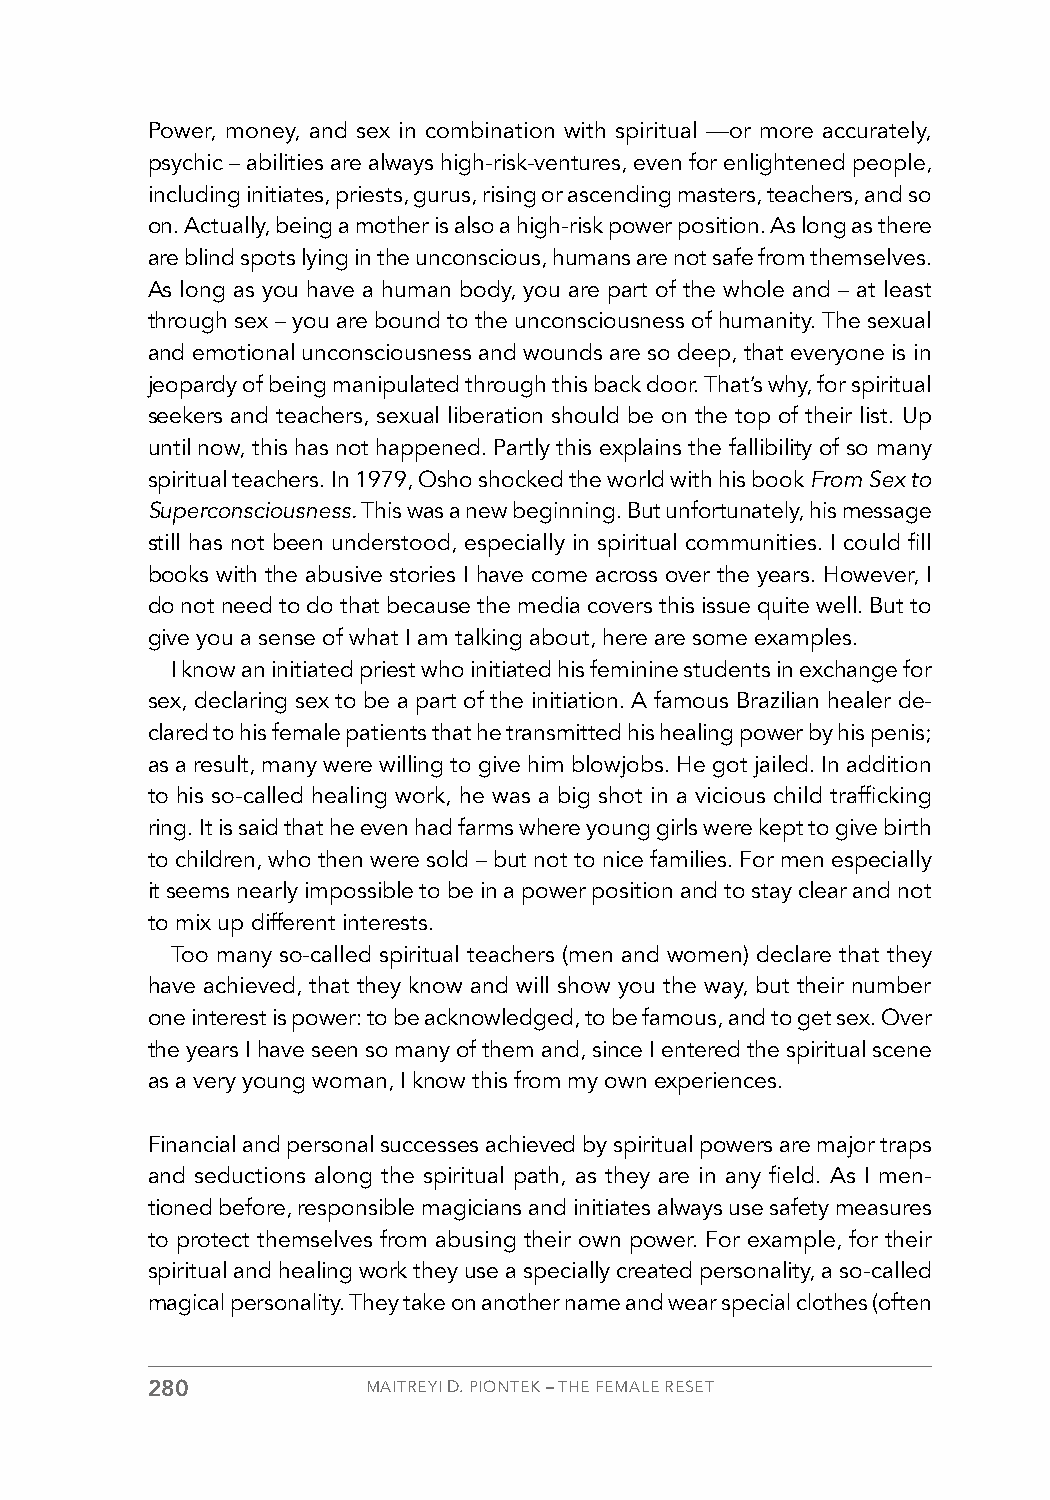
Power, money, and sex in combination with spiritual —or more accurately,
 psychic – abilities are always high-risk-ventures, even for enlightened people,
 including initiates, priests, gurus, rising or ascending masters, teachers, and so
 on. Actually, being a mother is also a high-risk power position. As long as there
 are blind spots lying in the unconscious, humans are not safe from themselves.
 As long as you have a human body, you are part of the whole and – at least
 through sex – you are bound to the unconsciousness of humanity. The sexual
 and emotional unconsciousness and wounds are so deep, that everyone is in
 jeopardy of being manipulated through this back door. That’s why, for spiritual
 seekers and teachers, sexual liberation should be on the top of their list. Up
 until now, this has not happened. Partly this explains the fallibility of so many
 spiritual teachers. In 1979, Osho shocked the world with his book From Sex to
 Superconsciousness. This was a new beginning. But unfortunately, his message
 still has not been understood, especially in spiritual communities. I could fill
 books with the abusive stories I have come across over the years. However, I
 do not need to do that because the media covers this issue quite well. But to
 give you a sense of what I am talking about, here are some examples.
 I know an initiated priest who initiated his feminine students in exchange for
 sex, declaring sex to be a part of the initiation. A famous Brazilian healer de-
 clared to his female patients that he transmitted his healing power by his penis;
 as a result, many were willing to give him blowjobs. He got jailed. In addition
 to his so-called healing work, he was a big shot in a vicious child trafficking
 ring. It is said that he even had farms where young girls were kept to give birth
 to children, who then were sold – but not to nice families. For men especially
 it seems nearly impossible to be in a power position and to stay clear and not
 to mix up different interests.
 Too many so-called spiritual teachers (men and women) declare that they
 have achieved, that they know and will show you the way, but their number
 one interest is power: to be acknowledged, to be famous, and to get sex. Over
 the years I have seen so many of them and, since I entered the spiritual scene
 as a very young woman, I know this from my own experiences.
 Financial and personal successes achieved by spiritual powers are major traps
 and seductions along the spiritual path, as they are in any field. As I men-
 tioned before, responsible magicians and initiates always use safety measures
 to protect themselves from abusing their own power. For example, for their
 spiritual and healing work they use a specially created personality, a so-called
 magical personality. They take on another name and wear special clothes (often
 280           MAITREYI D. PIONTEK – THE FEMALE RESET